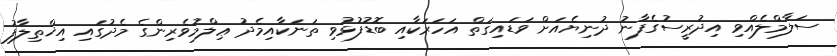
ސަލާމްލެއްވި އިދުރީސުގެފާނު ދުނިޔެއަށް ވަޑައިގަތް އަހަރަކާއި ބޮޑުފުޅުވި ތަނަކާއިމެދު ޢިލްމުވެރިންގެ މެދުގައި އިޚްތިލާފު